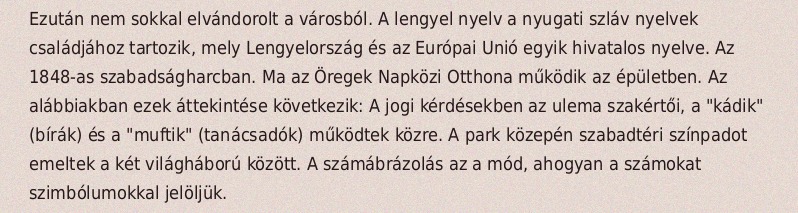
Ezután nem sokkal elvándorolt a városból. A lengyel nyelv a nyugati szláv nyelvek családjához tartozik, mely Lengyelország és az Európai Unió egyik hivatalos nyelve. Az 1848-as szabadságharcban. Ma az Öregek Napközi Otthona működik az épületben. Az alábbiakban ezek áttekintése következik: A jogi kérdésekben az ulema szakértői, a "kádik" (bírák) és a "muftik" (tanácsadók) működtek közre. A park közepén szabadtéri színpadot emeltek a két világháború között. A számábrázolás az a mód, ahogyan a számokat szimbólumokkal jelöljük.